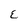
Character: E